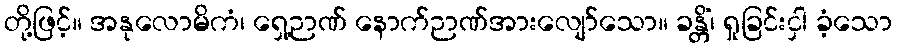
တို့ဖြင့်။ အနုလောမိကံ၊ ရှေ့ဉာဏ် နောက်ဉာဏ်အားလျော်သော။ ခန္တိံ၊ ရှုခြင်းငှါ ခံ့သော